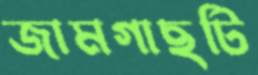
জামগাছটি